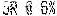
SR @ 6%